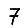
Digit: 7